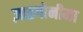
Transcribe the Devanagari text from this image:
ज़ाइगोनीमा